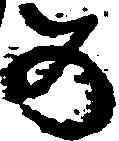
め